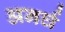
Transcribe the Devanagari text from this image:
अनर्घ